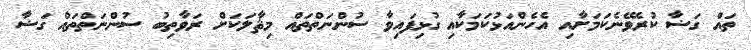
ތައް ގަޟާ ކުރެވޭނެކަމަށާއި އެހެންއަޅުކަމަކާއި ގުޅިފައިވާ ސުންނަތްތައް މިޘާލަކަށް ރަވާތިބު ސުންނަތްތައް ގަޟާ